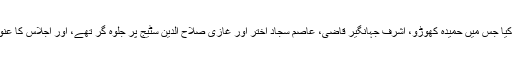
میں نے سنگم ہال کا رخ کیا جس میں حمیدہ کھوڑو، اشرف جہانگیر قاضی، عاصم سجاد اختر اور غازی صلاح الدین سٹیج پر جلوہ گر تھے، اور اجلاس کا عنوان تھا، ’خاندانی سیاست‘۔